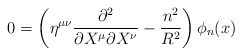
\begin{align*}0 = \left(\eta^{\mu\nu} \frac{\partial^2}{\partial X^\mu \partial X^\nu}- \frac{n^2}{R^2} \right) \phi_n(x)\end{align*}